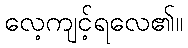
လေ့ကျင့်ရလေ၏။